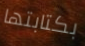
بكتابتها